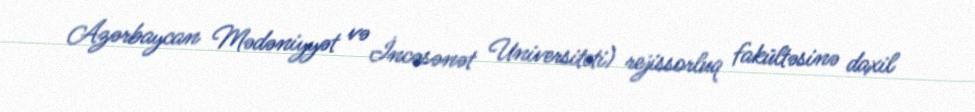
Azərbaycan Mədəniyyət və İncəsənət Universiteti) rejissorluq fakültəsinə daxil